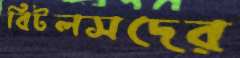
বিটলসদের